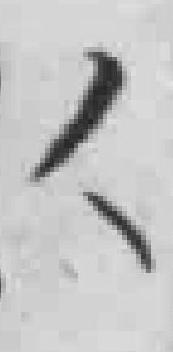
人